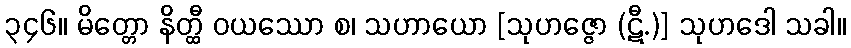
၃၄၆။ မိတ္တော နိတ္ထီ ဝယဿော စ၊ သဟာယော [သုဟဇ္ဇော (ဋီ.)] သုဟဒေါ သခါ။